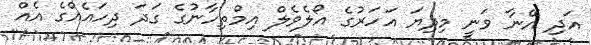
އަދި އޭނާ ވަނީ މިދިޔަ އަހަރުގެ އޯލެވެލް އިމްތިހާނުގެ ގަދަ ދިހައެއްގެ އެއް